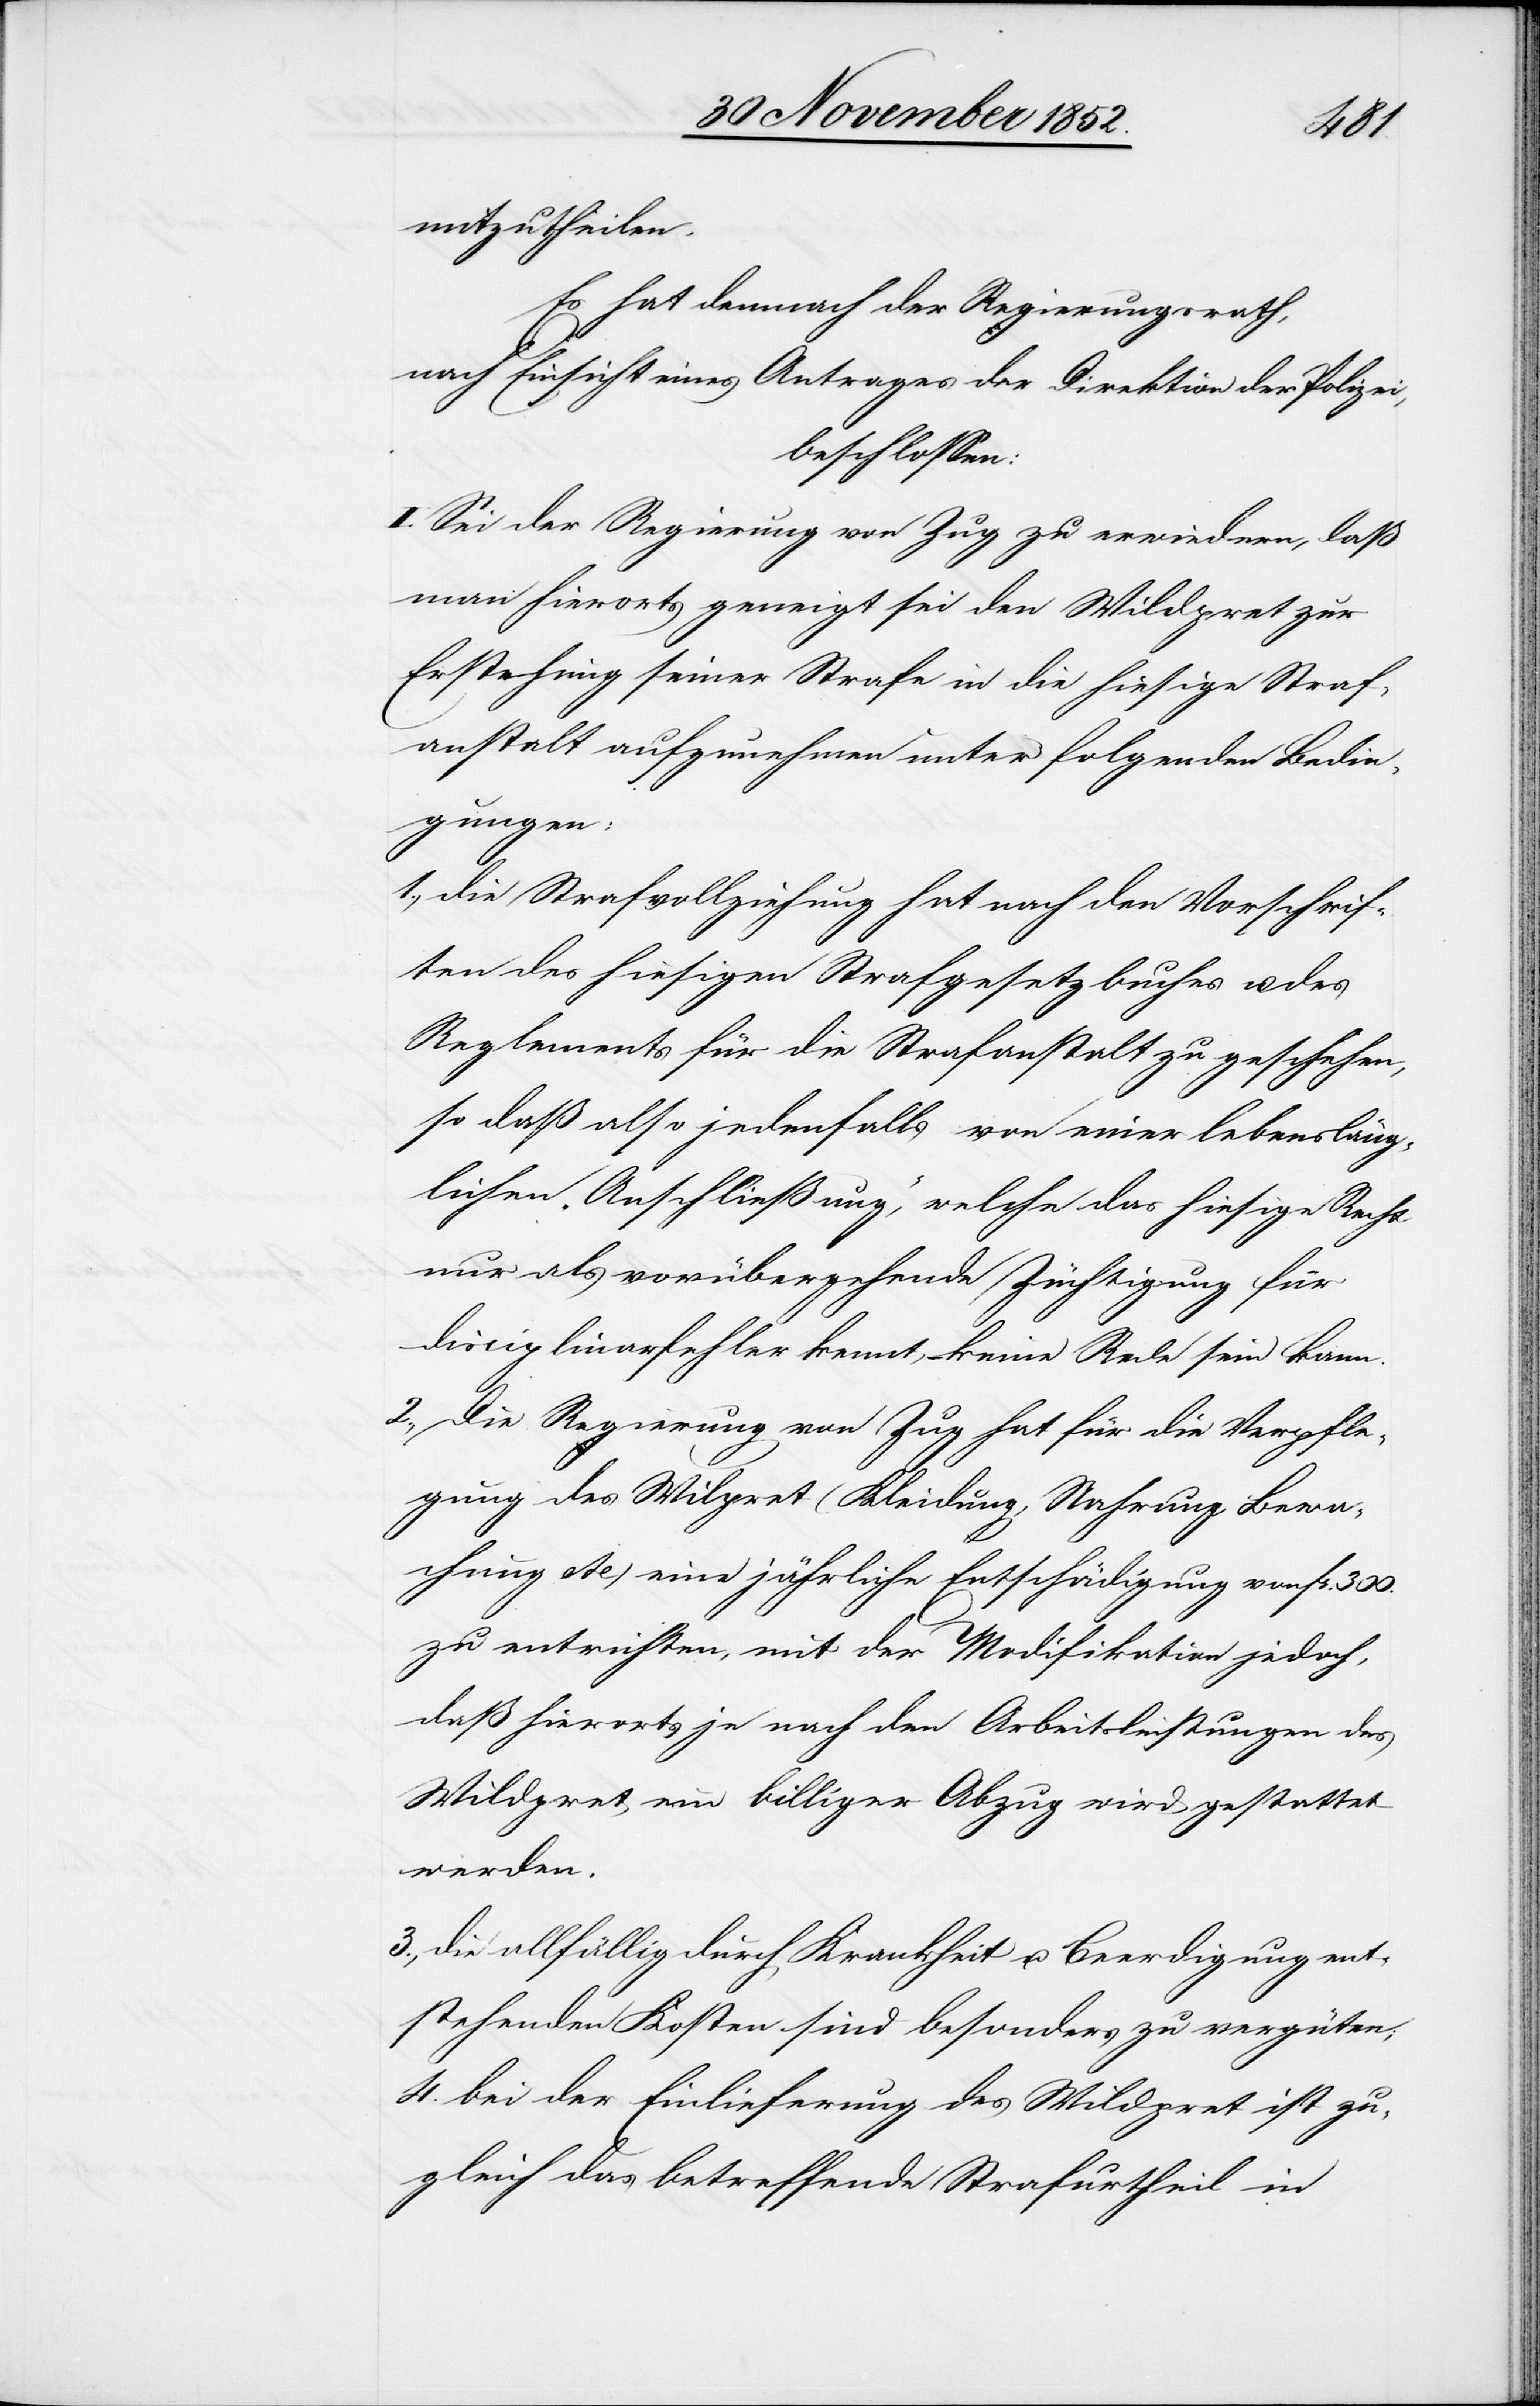
4.
mitzutheilen.
Es hat demnach der Regierungsrath,
nach Einsicht eines Antrages der Direktion der Polizei,
beschlossen:
I. Sei der Regierung von Zug zu erwiedern, daß
man hierorts geneigt sei den Wildpret zur
Erstehung seiner Strafe in die hiesige Straf¬
anstalt aufzunehmen unter folgenden Bedin¬
gungen:
die Strafvollziehung hat nach den Vorschrif¬
ten des hiesigen Strafgesetzbuches u. des
Reglements für die Strafanstalt zu geschehen,
so daß also jedenfalls von einer lebensläng¬
lichen „Anschließung“, welche das hiesige Recht
nur als vorübergehende Züchtigung für
disciplinarfehler [sic!] kennt, – keine Rede sein kann.
Die Regierung von Zug hat für die Verpfle¬
gung des Wil[d]pret (Kleidung, Nahrung, Bewa¬
chung etc) eine jährliche Entschädigung von Fr.
zu entrichten, mit der Modifikation jedoch,
daß hierorts je nach den Arbeitsleistungen des
Wildpret ein billiger Abzug wird gestattet
werden.
die allfällig durch Krankheit u. Beerdigung ent¬
stehenden Kosten sind besonders zu vergüten;
bei der Einlieferung des Wildpret ist zu¬
gleich das betreffende Strafurtheil in